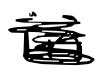
Text: in
Cross-out: scratch
Writing tool: digital_black